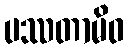
ပဿတာမိဝ